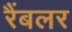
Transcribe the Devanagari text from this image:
रैंबलर